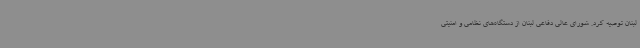
لبنان توصیه کرد. شورای عالی دفاعی لبنان از دستگاه‌های نظامی و امنیتی